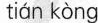
tián kòng